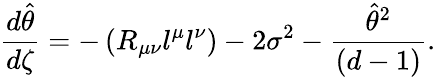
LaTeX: {\frac{d\hat{\theta}}{d\zeta}}=-\left(R_{\mu\nu}l^{\mu}l^{\nu}\right)-2\sigma^{2}-{\frac{{\hat{\theta}}^{2}}{(d-1)}}.